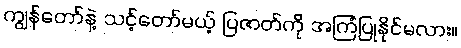
ကျွန်တော်နဲ့ သင့်တော်မယ့် ပြဇာတ်ကို အကြံပြုနိုင်မလား။